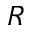
R